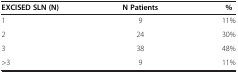
<table><thead><tr><td><b>EXCISED SLN (N)</b></td><td><b>N Patients</b></td><td><b>%</b></td></tr></thead><tbody><tr><td>1</td><td>9</td><td>11%</td></tr><tr><td>2</td><td>24</td><td>30%</td></tr><tr><td>3</td><td>38</td><td>48%</td></tr><tr><td>&gt;3</td><td>9</td><td>11%</td></tr></tbody></table>